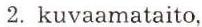
2. kuvaamataito,